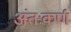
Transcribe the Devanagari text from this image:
अंतःकर्ण